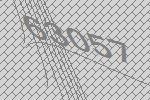
63057